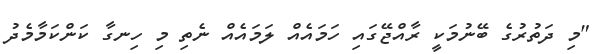
"މި ދަތުރުގެ ބޭނުމަކީ ރާއްޖޭގައި ހަމައެއް ލަމައެއް ނެތި މި ހިނގާ ކަންކަމާމެދު